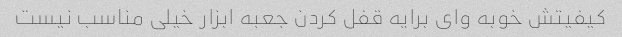
کیفیتش خوبه وای برایه قفل کردن جعبه ابزار خیلی مناسب نیست